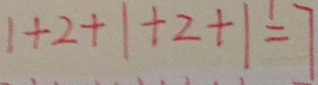
1 + 2 + 1 + 2 + 1 = 7